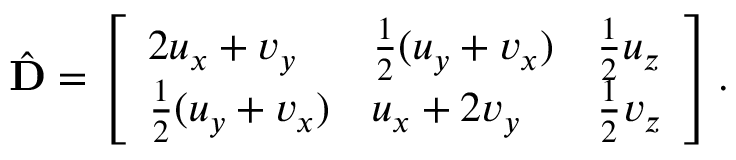
\hat { \mathbf { D } } = \left[ \begin{array} { l l l } { 2 u _ { x } + v _ { y } } & { \frac 1 2 ( u _ { y } + v _ { x } ) } & { \frac 1 2 u _ { z } } \\ { \frac 1 2 ( u _ { y } + v _ { x } ) } & { u _ { x } + 2 v _ { y } } & { \frac 1 2 v _ { z } } \end{array} \right] .